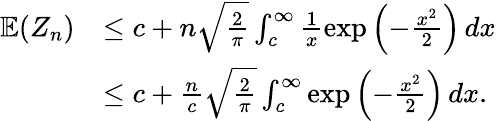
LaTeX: \begin{array}{rl}{\mathbb{E}(Z_{n})}&{\leq c+n\sqrt{\frac{2}{\pi}}\int_{c}^{\infty}\frac{1}{x}\exp\left(-\frac{x^{2}}{2}\right)\, dx}\\ &{\leq c+\frac{n}{c}\sqrt{\frac{2}{\pi}}\int_{c}^{\infty}\exp\left(-\frac{x^{2}}{2}\right)\, dx.}\end{array}